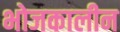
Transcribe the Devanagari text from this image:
भोजकालीन